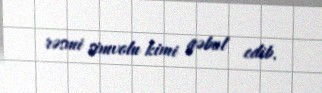
rəsmi simvolu kimi qəbul edib.